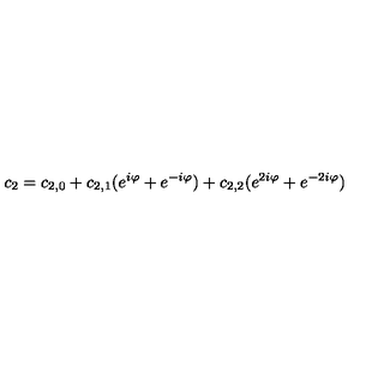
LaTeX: c _ { 2 } = c _ { 2 , 0 } + c _ { 2 , 1 } ( e ^ { i \varphi } + e ^ { - i \varphi } ) + c _ { 2 , 2 } ( e ^ { 2 i \varphi } + e ^ { - 2 i \varphi } )